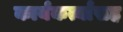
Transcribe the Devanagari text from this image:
कार्यकर्त्यांसह